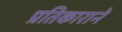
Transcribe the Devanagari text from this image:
प्रतिकाराने